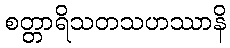
စတ္တာရိသတသဟဿာနိ